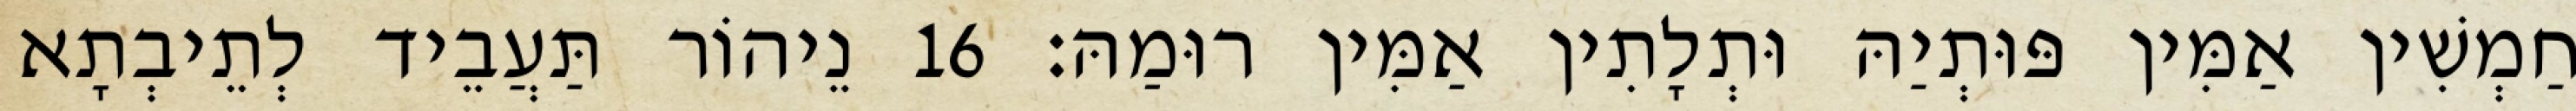
חַמְשִׁין אַמִּין פּוּתְיַהּ וּתְלָתִין אַמִּין רוּמַהּ׃ 16 נֵיהוֹר תַּעֲבֵיד לְתֵיבְתָא